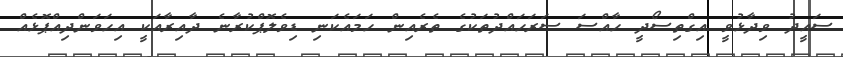
ސައީދު ވިދާޅުވީ އިގްތިސޯދީ ހާއްސަ ސަރަހައްދުތަކުގެ ތެރެއިން ހަމައެކަނި ޑިވެލޮޕްކުރާނެ ދާއިރާއަކީ އިހަވަންދިއްޕޮޅެއް